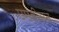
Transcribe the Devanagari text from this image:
एमबीसन